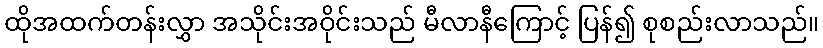
ထိုအထက်တန်းလွှာ အသိုင်းအဝိုင်းသည် မီလာနီကြောင့် ပြန်၍ စုစည်းလာသည်။